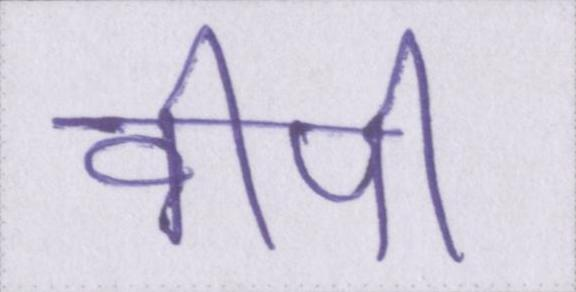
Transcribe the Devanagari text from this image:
वीपी